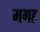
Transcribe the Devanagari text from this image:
मगह